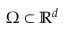
\Omega \subset \mathbb { R } ^ { d }